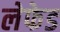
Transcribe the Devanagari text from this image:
लेफेड